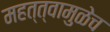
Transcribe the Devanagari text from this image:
महत्त्वामुळेच